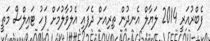
ފެބްރުއަރީ 2014 ލަޔާލް އެނދުން ތިރިއަށް ދެފައި އެލުވާލުމަށް ފަހު ޓައިލްސް މަތީ